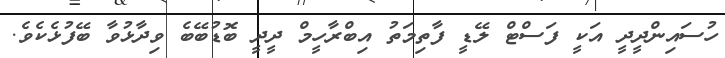
ހުސައިންދީދީ އަކީ ފަސްޓް ލޭޑީ ފާތިމަތު އިބްރާހީމް ދީދީ ބޮޑުބޭބެ ވިދާޅުވާ ބޭފުޅެކެވެ.